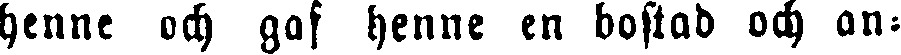
henne och gaf henne en bostad och an-